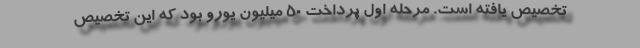
تخصیص یافته است. مرحله اول پرداخت 50 میلیون یورو بود که این تخصیص